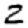
Digit: 2